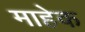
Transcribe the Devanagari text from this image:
माहेक